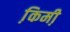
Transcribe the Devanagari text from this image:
कि़मी़